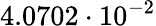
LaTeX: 4.0702\cdot 10^{-2}